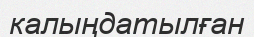
калыңдатылған